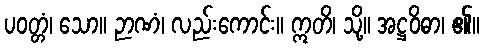
ပဝတ္တံ၊ သော။ ဉာဏံ၊ လည်းကောင်း။ ဣတိ၊ သို့။ အဋ္ဌဝိဓာ၊ ၏။